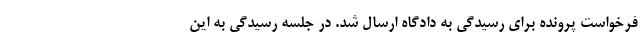
فرخواست پرونده برای رسیدگی به دادگاه ارسال شد. در جلسه رسیدگی به این